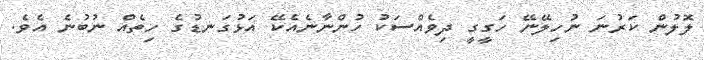
ލޮލުން ކަރުނަ ނުހިލޭނޭ ހަގީގީ ދިވެއްސަކު ހުންނާނެއެކޭ އަޅުގަނޑުގެ ހިތެއް ނުބުނެ އެވެ.